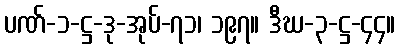
ပဏ်-၁-ဋ္ဌ-ဒု-အုပ်-၇၁၊ ၁၉၇။ ဒီဃ-၃-ဋ္ဌ-၄၄။